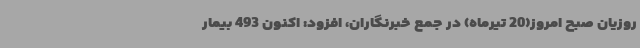
روزیان صبح امروز(20 تیرماه) در جمع خبرنگاران، افزود: اکنون 493 بیمار